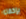
بإخفاء